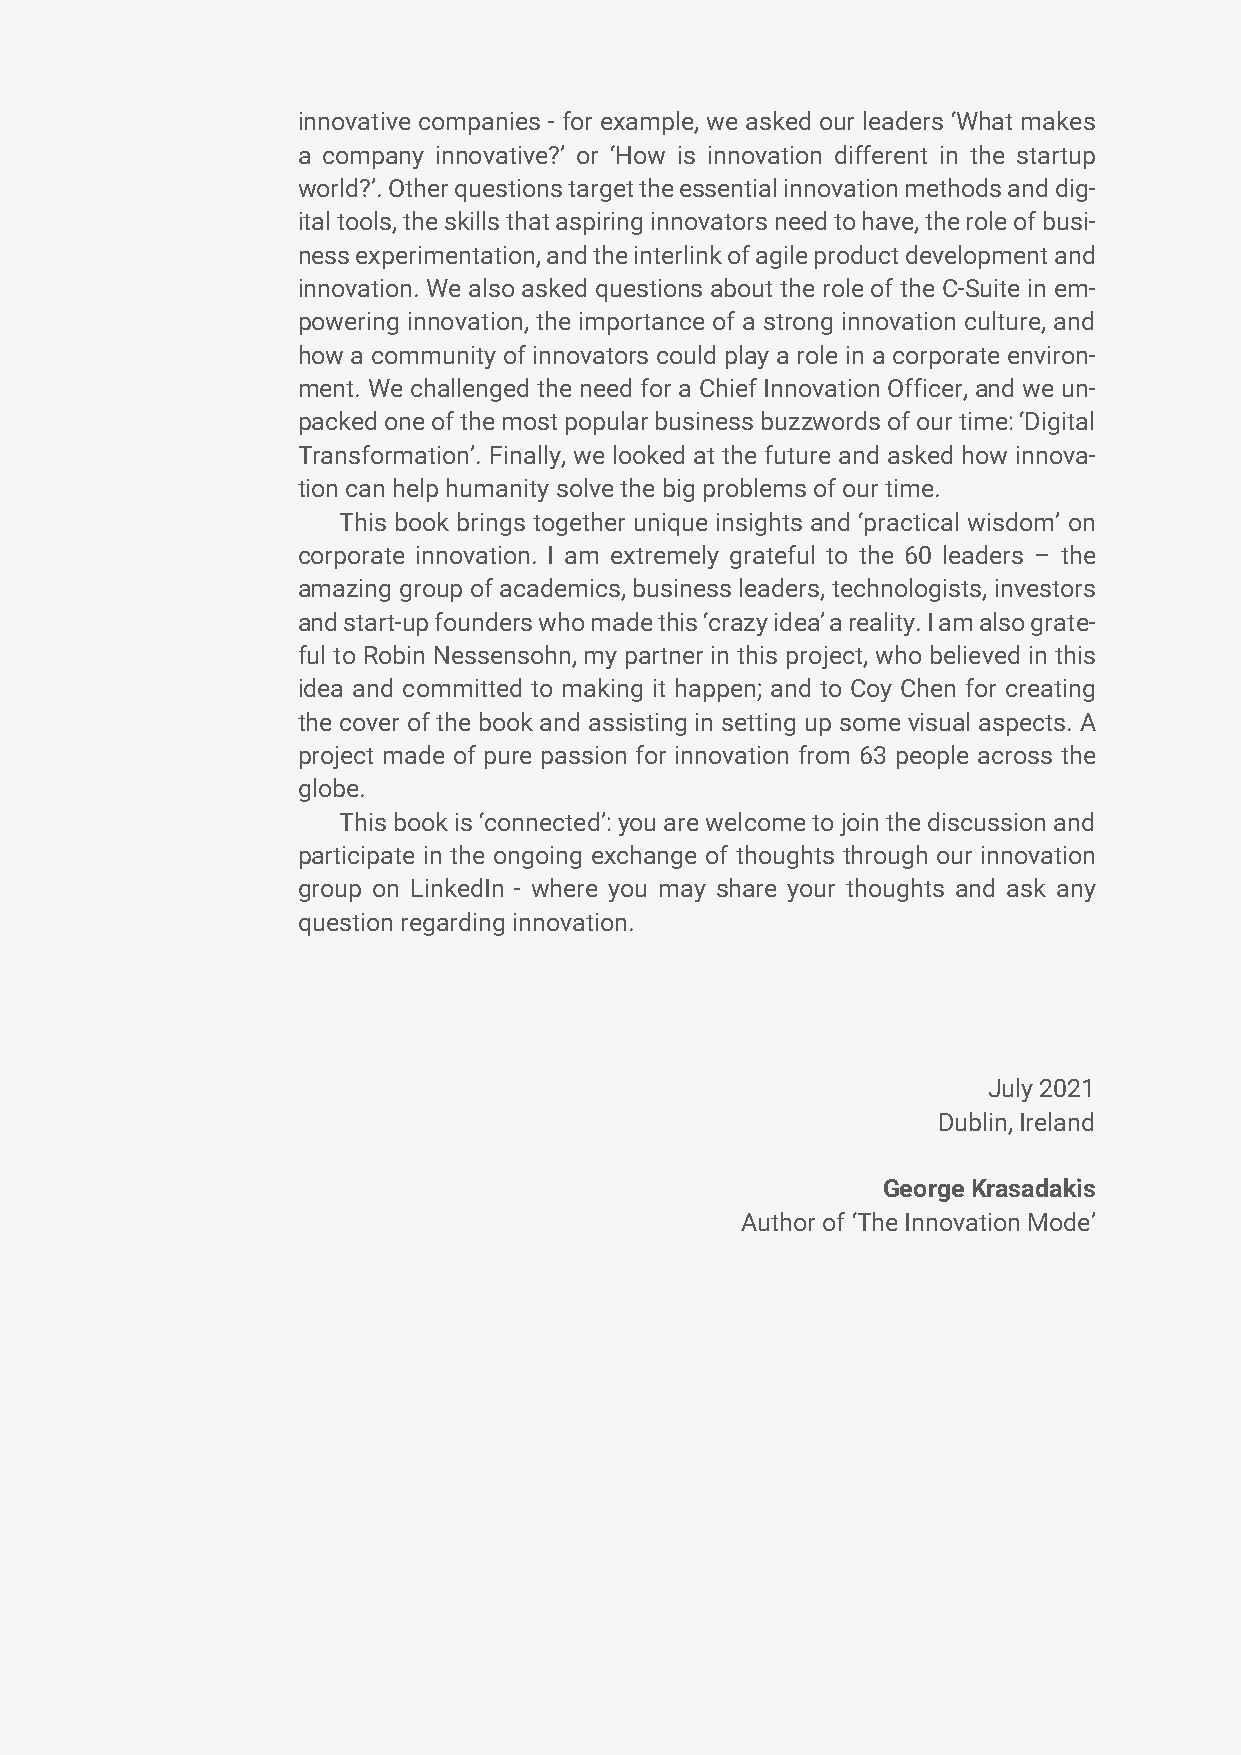
innovative companies - for example, we asked our leaders ‘What makes
 a company innovative?’ or ‘How is innovation different in the startup
 world?’. Other questions target the essential innovation methods and dig-
 ital tools, the skills that aspiring innovators need to have, the role of busi-
 ness experimentation, and the interlink of agile product development and
 innovation. We also asked questions about the role of the C-Suite in em-
 powering innovation, the importance of a strong innovation culture, and
 how a community of innovators could play a role in a corporate environ-
 ment. We challenged the need for a Chief Innovation Officer, and we un-
 packed one of the most popular business buzzwords of our time: ‘Digital
 Transformation’. Finally, we looked at the future and asked how innova-
 tion can help humanity solve the big problems of our time.
 This book brings together unique insights and ‘practical wisdom’ on
 corporate innovation. I am extremely grateful to the 60 leaders – the
 amazing group of academics, business leaders, technologists, investors
 and start-up founders who made this ‘crazy idea’ a reality. I am also grate-
 ful to Robin Nessensohn, my partner in this project, who believed in this
 idea and committed to making it happen; and to Coy Chen for creating
 the cover of the book and assisting in setting up some visual aspects. A
 project made of pure passion for innovation from 63 people across the
 globe.
 This book is ‘connected’: you are welcome to join the discussion and
 participate in the ongoing exchange of thoughts through our innovation
 group on LinkedIn - where you may share your thoughts and ask any
 question regarding innovation.
 July 2021
 Dublin, Ireland
 George Krasadakis
 Author of ‘The Innovation Mode’